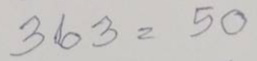
363 = 50